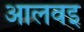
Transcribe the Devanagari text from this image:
आलवइ